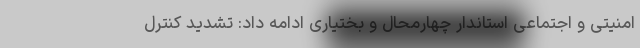
امنیتی و اجتماعی استاندار چهارمحال و بختیاری ادامه داد: تشدید کنترل